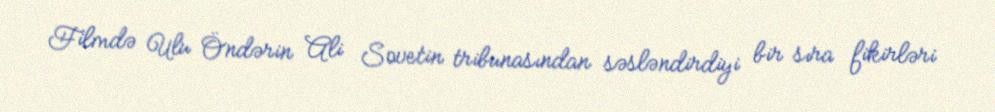
Filmdə Ulu Öndərin Ali Sovetin tribunasından səsləndirdiyi bir sıra fikirləri